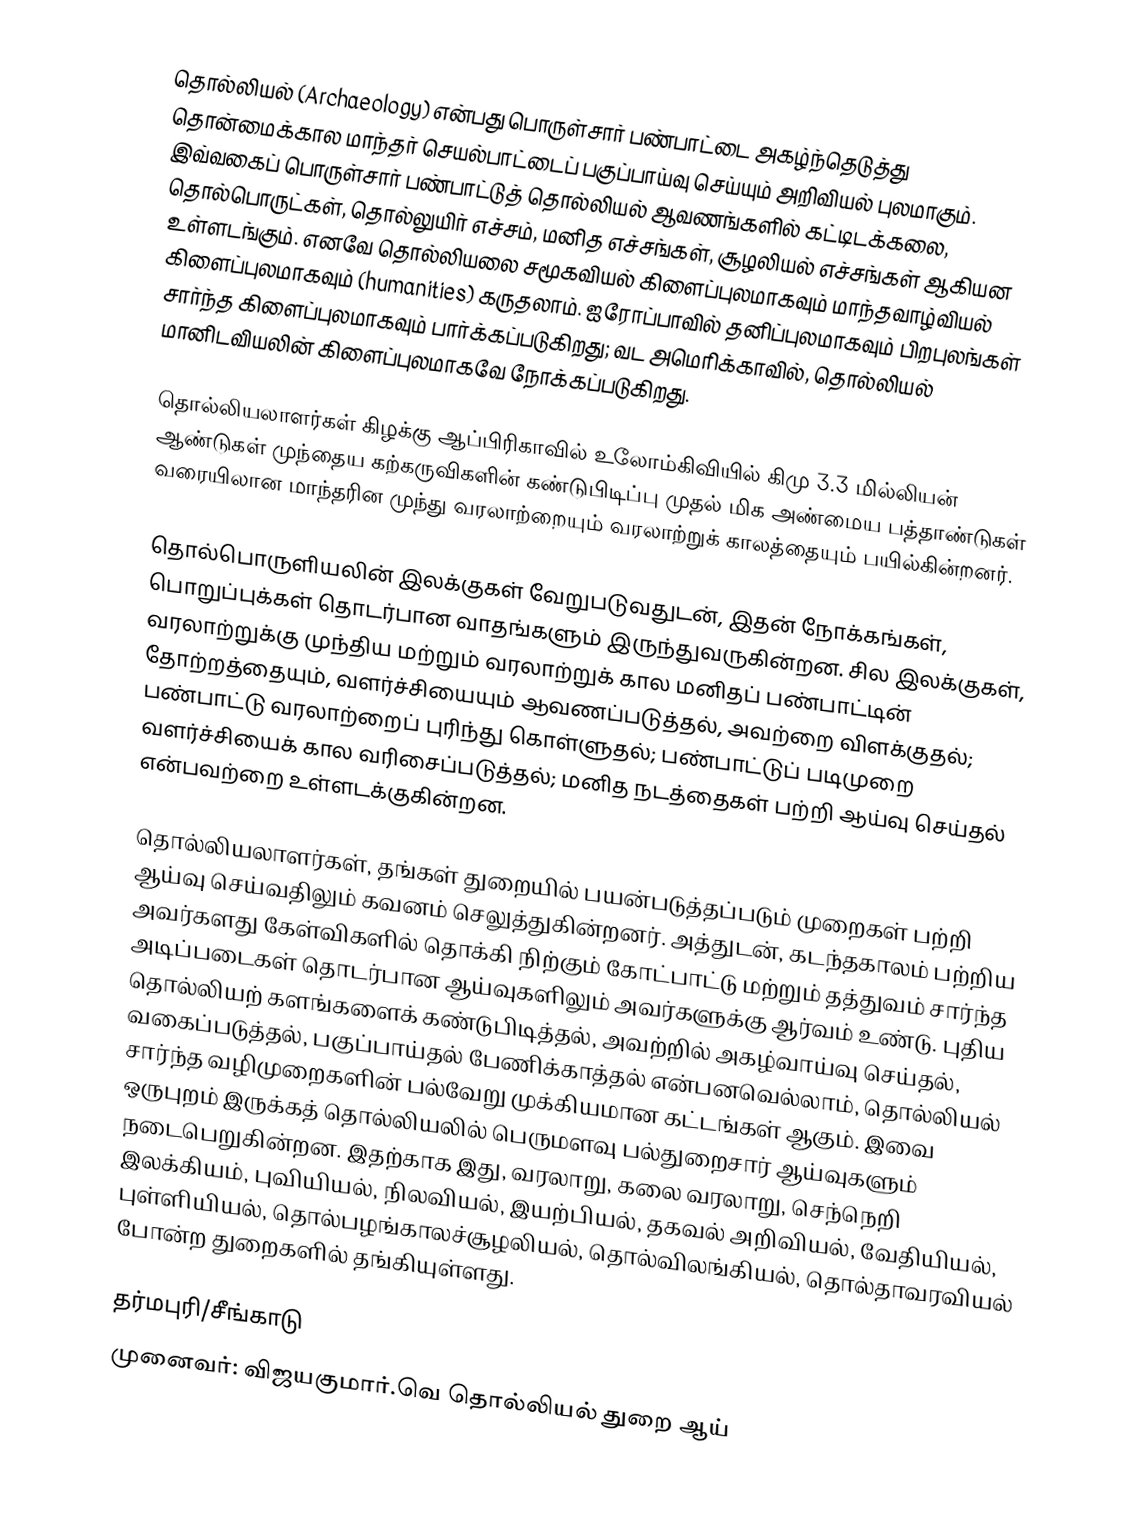
தொல்லியல் (Archaeology)  என்பது பொருள்சார் பண்பாட்டை அகழ்ந்தெடுத்து தொன்மைக்கால மாந்தர் செயல்பாட்டைப் பகுப்பாய்வு செய்யும் அறிவியல் புலமாகும். இவ்வகைப் பொருள்சார் பண்பாட்டுத் தொல்லியல் ஆவணங்களில் கட்டிடக்கலை, தொல்பொருட்கள்,  தொல்லுயிர் எச்சம், மனித எச்சங்கள், சூழலியல் எச்சங்கள் ஆகியன உள்ளடங்கும். எனவே தொல்லியலை சமூகவியல் கிளைப்புலமாகவும் மாந்தவாழ்வியல் கிளைப்புலமாகவும் (humanities) கருதலாம். ஐரோப்பாவில் தனிப்புலமாகவும் பிறபுலங்கள் சார்ந்த கிளைப்புலமாகவும் பார்க்கப்படுகிறது; வட அமெரிக்காவில், தொல்லியல் மானிடவியலின் கிளைப்புலமாகவே நோக்கப்படுகிறது.

தொல்லியலாளர்கள் கிழக்கு ஆப்பிரிகாவில் உலோம்கிவியில் கிமு 3.3 மில்லியன் ஆண்டுகள் முந்தைய கற்கருவிகளின் கண்டுபிடிப்பு முதல் மிக அண்மைய பத்தாண்டுகள் வரையிலான மாந்தரின முந்து வரலாற்றையும் வரலாற்றுக் காலத்தையும் பயில்கின்றனர்.

தொல்பொருளியலின் இலக்குகள் வேறுபடுவதுடன், இதன் நோக்கங்கள், பொறுப்புக்கள் தொடர்பான வாதங்களும் இருந்துவருகின்றன. சில இலக்குகள், வரலாற்றுக்கு முந்திய மற்றும் வரலாற்றுக் கால மனிதப் பண்பாட்டின் தோற்றத்தையும், வளர்ச்சியையும் ஆவணப்படுத்தல், அவற்றை விளக்குதல்; பண்பாட்டு வரலாற்றைப் புரிந்து கொள்ளுதல்; பண்பாட்டுப் படிமுறை வளர்ச்சியைக் கால வரிசைப்படுத்தல்; மனித நடத்தைகள் பற்றி ஆய்வு செய்தல் என்பவற்றை உள்ளடக்குகின்றன.

தொல்லியலாளர்கள், தங்கள் துறையில் பயன்படுத்தப்படும் முறைகள் பற்றி ஆய்வு செய்வதிலும் கவனம் செலுத்துகின்றனர். அத்துடன், கடந்தகாலம் பற்றிய அவர்களது கேள்விகளில் தொக்கி நிற்கும் கோட்பாட்டு மற்றும் தத்துவம் சார்ந்த அடிப்படைகள் தொடர்பான ஆய்வுகளிலும் அவர்களுக்கு ஆர்வம் உண்டு. புதிய தொல்லியற் களங்களைக் கண்டுபிடித்தல், அவற்றில் அகழ்வாய்வு செய்தல், வகைப்படுத்தல், பகுப்பாய்தல் பேணிக்காத்தல் என்பனவெல்லாம், தொல்லியல் சார்ந்த வழிமுறைகளின் பல்வேறு முக்கியமான கட்டங்கள் ஆகும். இவை ஒருபுறம் இருக்கத் தொல்லியலில் பெருமளவு பல்துறைசார் ஆய்வுகளும் நடைபெறுகின்றன. இதற்காக இது, வரலாறு, கலை வரலாறு, செந்நெறி இலக்கியம், புவியியல், நிலவியல், இயற்பியல், தகவல் அறிவியல், வேதியியல், புள்ளியியல், தொல்பழங்காலச்சூழலியல், தொல்விலங்கியல், தொல்தாவரவியல் போன்ற துறைகளில் தங்கியுள்ளது.

தர்மபுரி/சீங்காடு
முனைவர்:  விஜயகுமார்.வெ தொல்லியல் துறை ஆய்